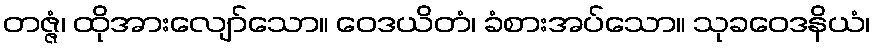
တဇ္ဇံ၊ ထိုအားလျော်သော။ ဝေဒယိတံ၊ ခံစားအပ်သော။ သုခဝေဒနိယံ၊